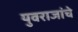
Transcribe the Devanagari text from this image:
युवराजांचे